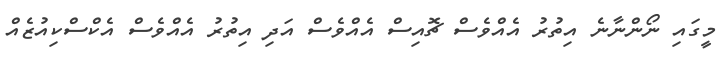
މީގައި ނޯންނާނެ އިތުރު އެއްވެސް ޗޮއިސް އެއްވެސް އަދި އިތުރު އެއްވެސް އެކްސްކިއުޒެއް